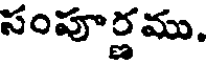
సంపూర్ణము,